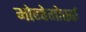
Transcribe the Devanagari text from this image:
मोन्चेगोर्स्क